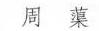
周